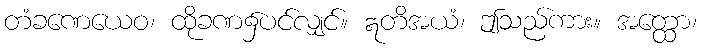
တံခဏေယေဝ၊ ထိုခဏ၌ပင်လျှင်။ ဣတိအယံ၊ ဤသည်ကား။ အတ္ထော၊